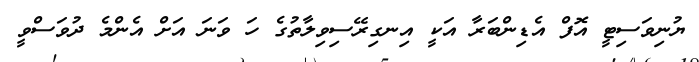
ޔުނިވަސިޓީ އޮފް އެޑިންބަރާ އަކީ އިނގިރޭސިވިލާތުގެ ހަ ވަނަ އަށް އެންމެ ދުވަސްވީ